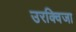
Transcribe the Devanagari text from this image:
उरक्विजा